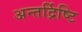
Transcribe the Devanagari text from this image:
अन्तर्द्रिष्टि